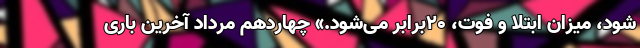
شود، میزان ابتلا و فوت، ۲۰برابر می‌شود.» چهاردهم مرداد آخرین باری